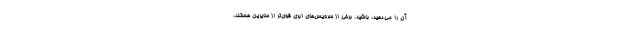
آن را می‌دهید، باشید. برخی از سرویس‌های ابری قوی‌تر از سایرین هستند،